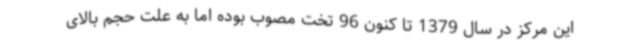
این مرکز در سال 1379 تا کنون 96 تخت مصوب بوده اما به علت حجم بالای